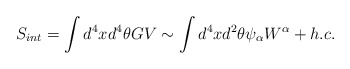
\begin{align*}S_{int}=\int d^{4} x d^{4}\theta GV\sim\int d^{4}x d^{2}\theta \psi_{\alpha}W^{\alpha} +h.c.\end{align*}